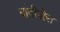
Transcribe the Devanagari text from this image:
बांदीपोरा